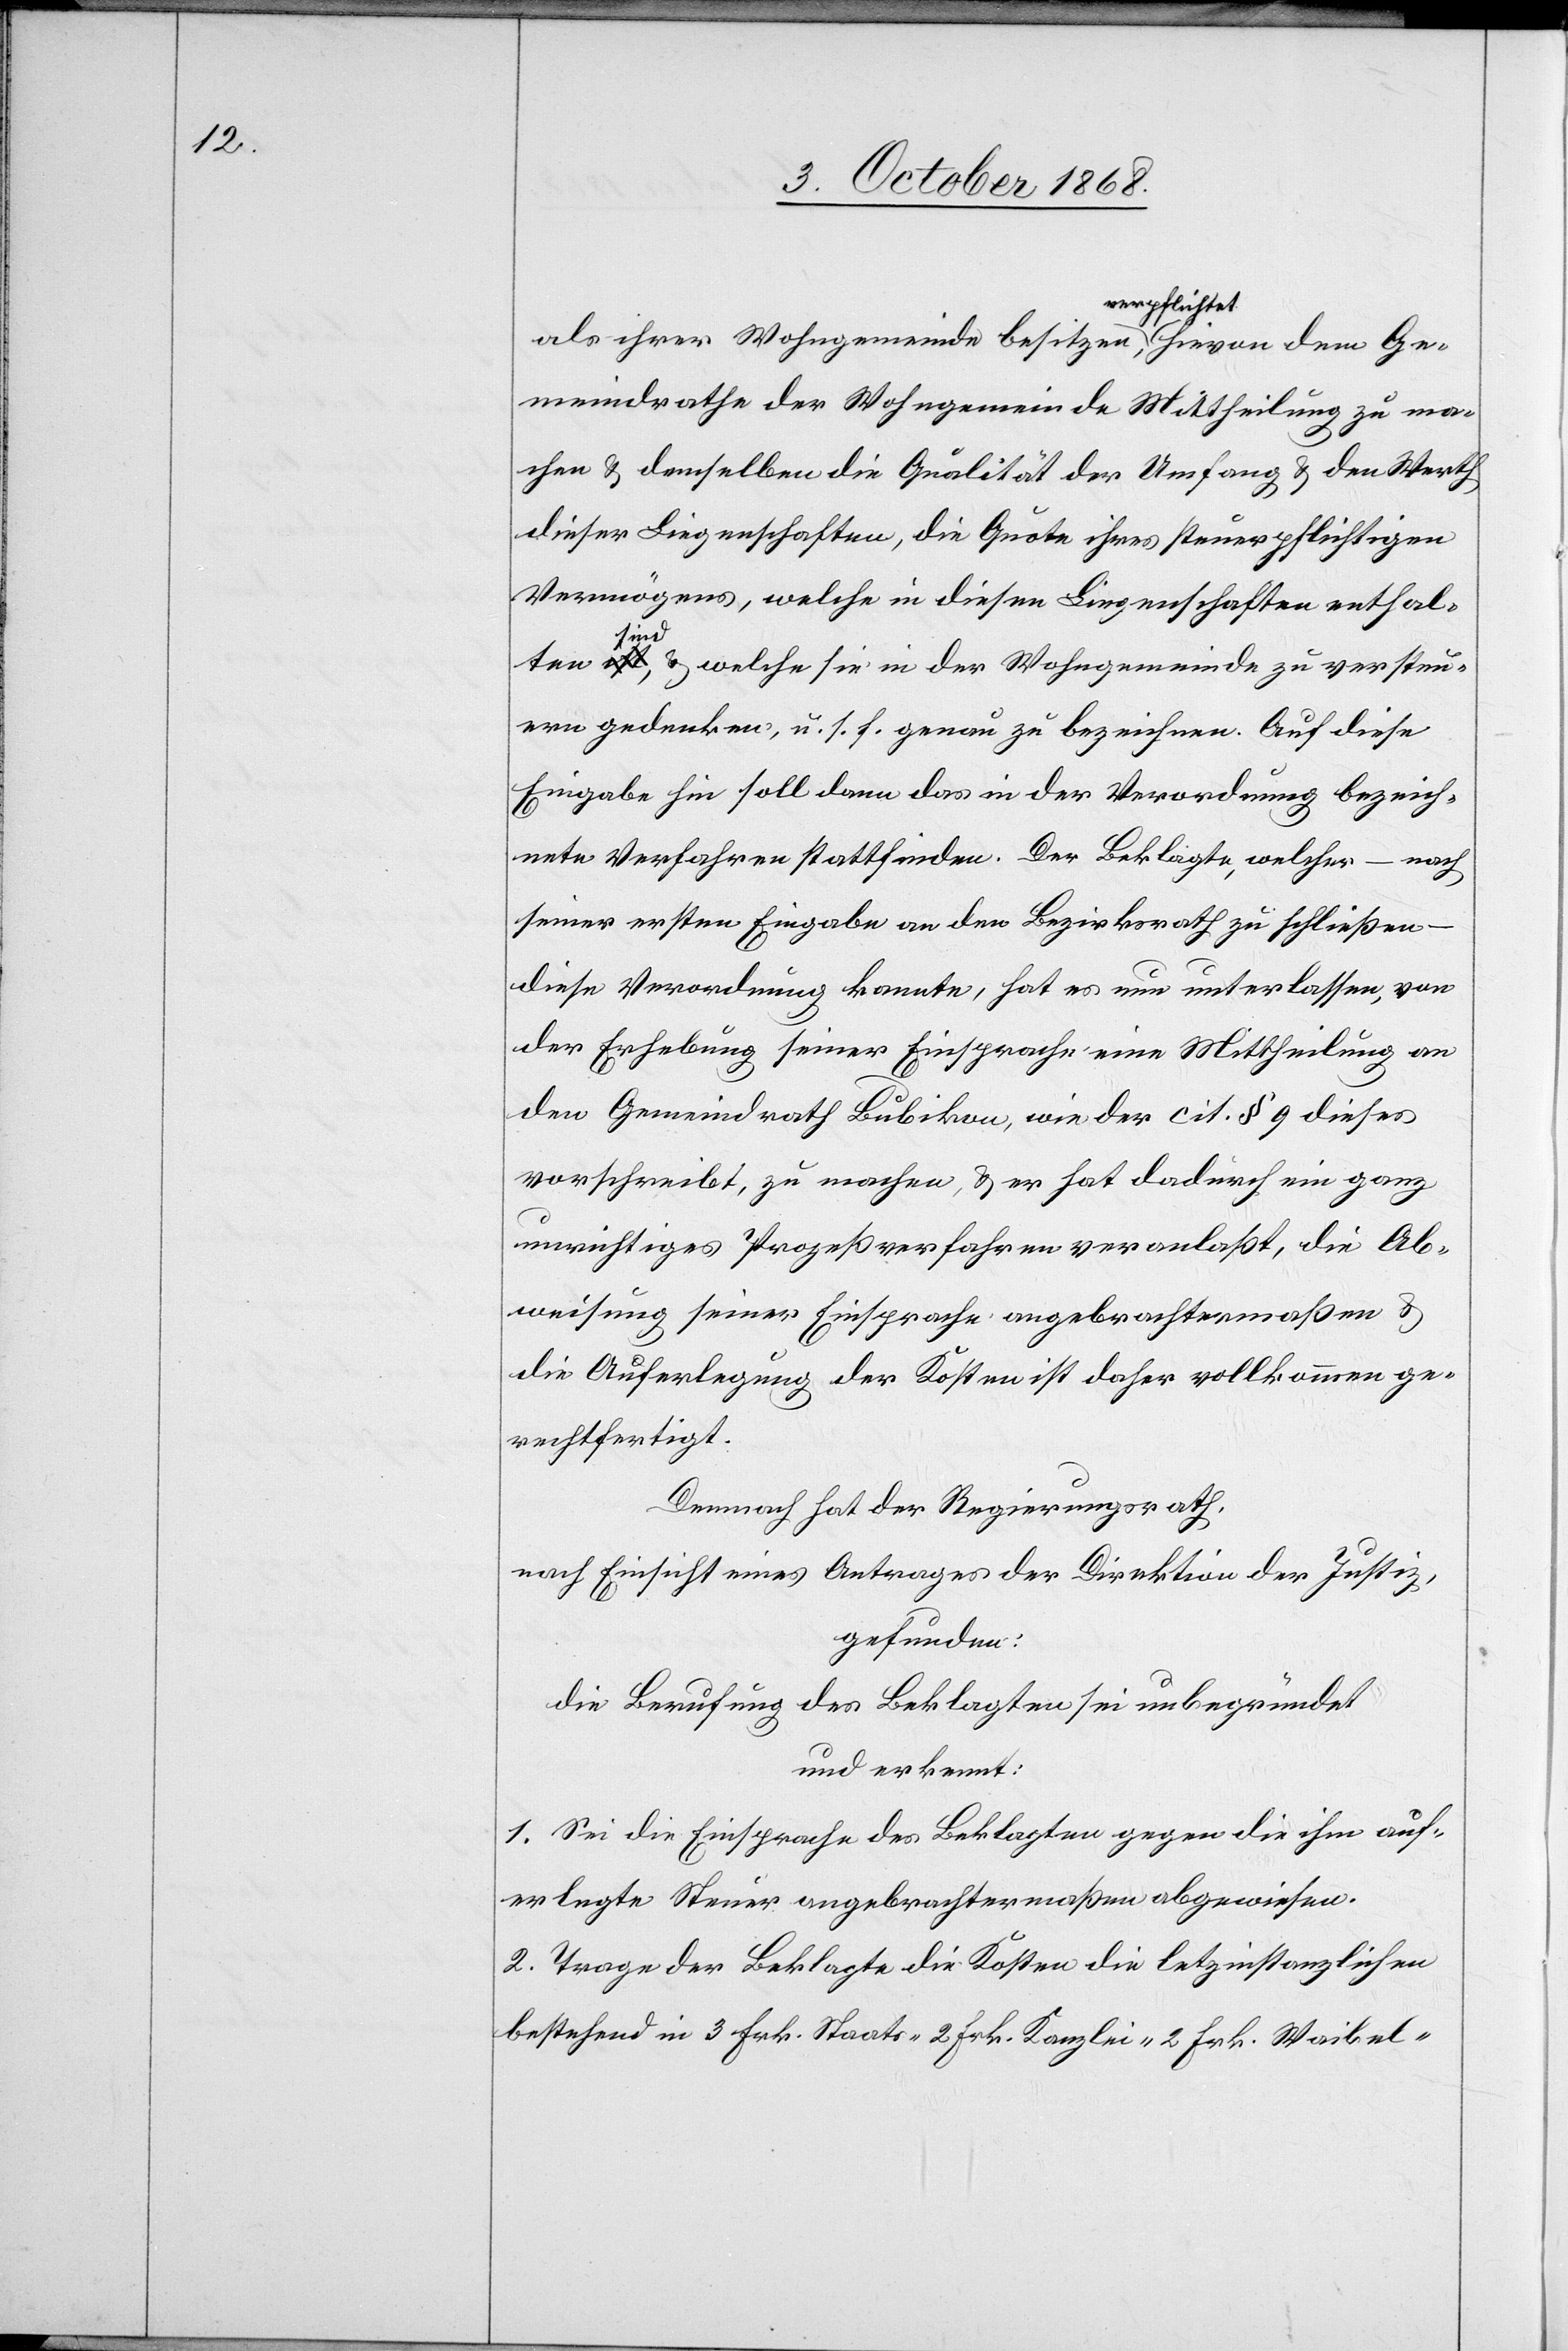
als ihrer Wohngemeinde besitzen, verpflichtet hievon dem Ge¬
meindrathe der Wohngemeinde Mittheilung zu ma¬
chen & demselben die Qualität[,] der Umfang & den Werth
dieser Liegenschaften, die Quote ihres steuerpflichtigen
Vermögens, welche in diesen Liegenschaften enthal¬
ten sind, & welche sie in der Wohngemeinde zu versteu¬
ern gedenken, u. s. f. genau zu bezeichnen. Auf diese
Eingabe hin soll dann das in der Verordnung bezeich¬
nete Verfahren stattfinden. Der Beklagte, welcher – nach
seiner ersten Eingabe an den Bezirksrath zu schließen
diese Verordnung kannte, hat es nun unterlassen, von
der Erhebung seiner Einsprache eine Mittheilung an
den Gemeindrath Bubikon, wie der cit. § 9 dieses
vorschreibt, zu machen, & er hat dadurch ein ganz
unrichtiges Prozeßverfahren veranlaßt, die Ab¬
weisung seiner Einsprache angebrachtermaßen &
die Auferlegung der Kosten ist daher vollkommen ge¬
rechtfertigt.
Demnach hat der Regierungsrath,
nach Einsicht eines Antrages der Direktion der Justiz,
gefunden:
die Berufung des Beklagten sei unbegründet
und erkennt:
1. Sei die Einsprache des Beklagten gegen die ihm auf¬
erlegte Steuer angebrachtermaßen abgewiesen.
2. Trage der Beklagte die Kosten die letztinstanzlichen
bestehend in 3 Frk. Staats-[,] 2 Frk. Kanzlei-[,] 2 Frk. Waibel-[,]